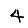
Digit: 4